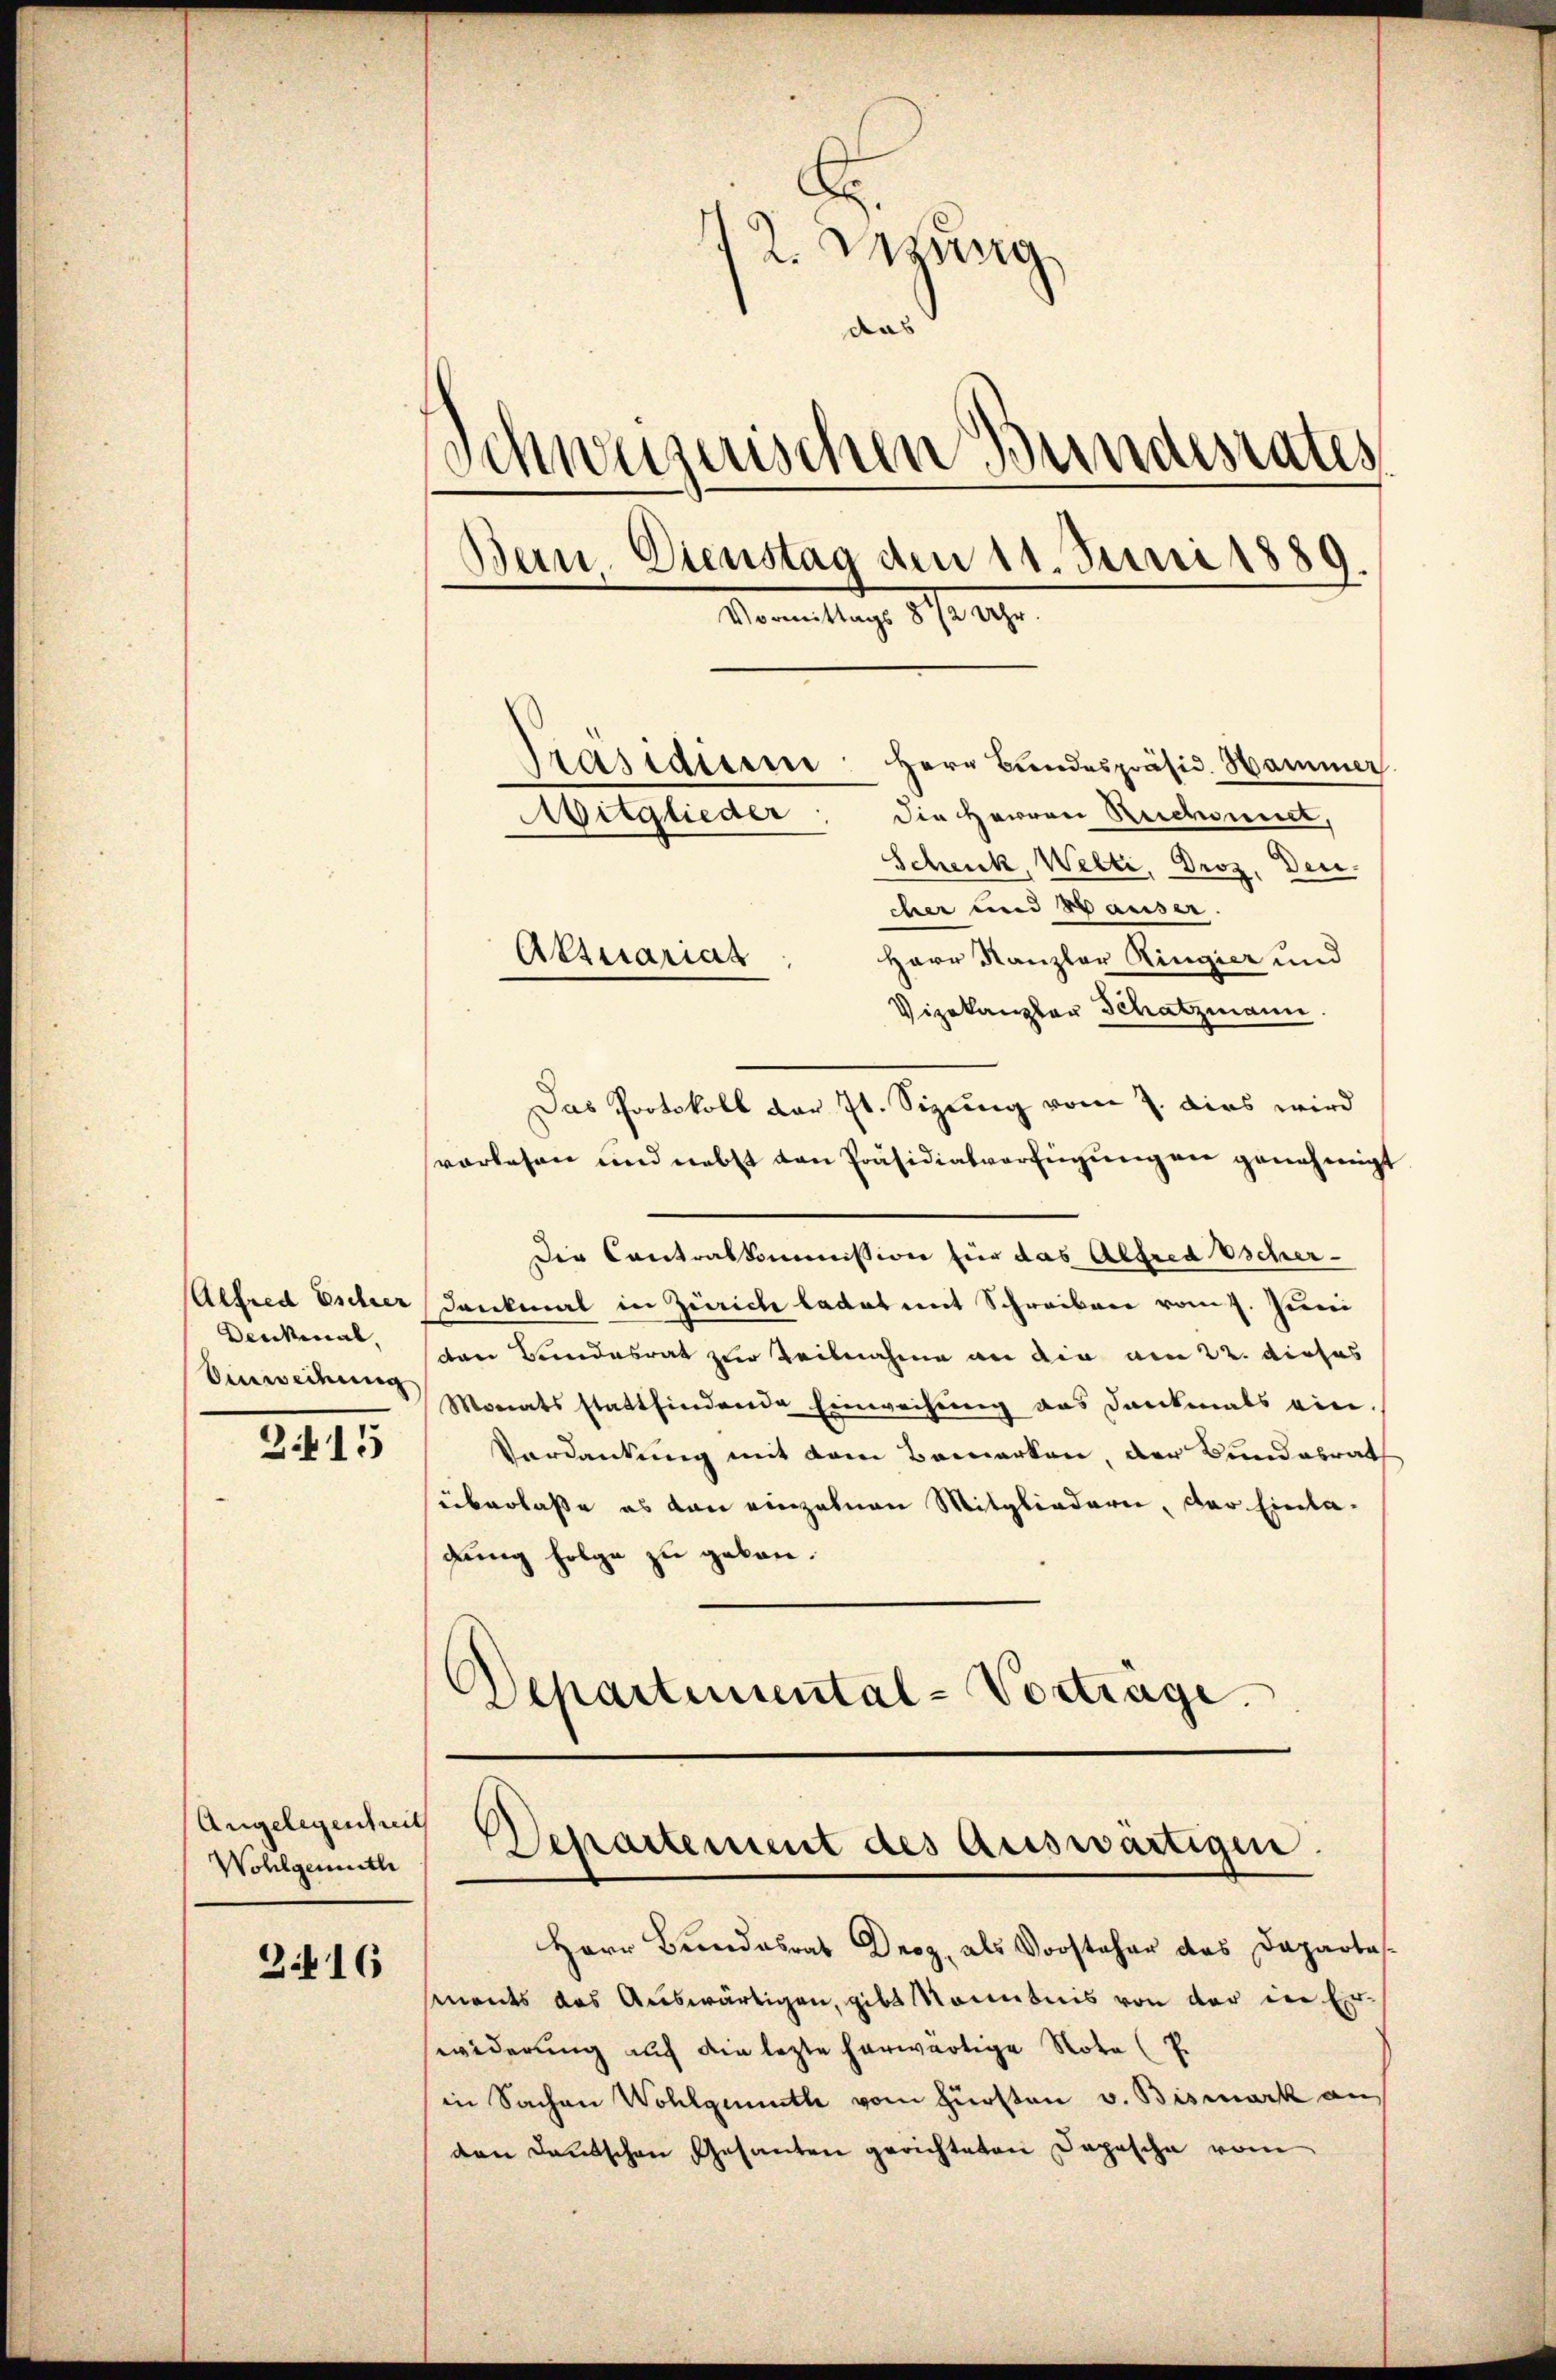
Alfred Escher
Anweihung

215

Angelegenheit
Wohlgemuth

316

12. Verung
das
Schweizerischen Bundesrates
Bein. Dienstag den 11. Juni 1889.
Vormittags 8 1/2 Uhr.
Präsidium Herr Bundespräsid. Hammer
Die Herren Reichnet,
Aitglieder
Schenk, Welti, Droz. Den
cher und Hauser.

Herr Kanzler Ringier und
Vizekanzler Schatzmann.
Das Protokoll der 7t. Sizung vom 7. dies wird
vorlesen und nebst von Präsidialverfügung an genehmigt
Die Contralkommission für das Alfred Escher-
Dankmal in Zürich ladet mit Schreiben vom 7. Juni
Denkenat, schon Bundesrat zur Teilnahme an die am 22. dieses
Monatsstattfindende Einweisung das Dankmals ein.
Verdankung mit dem Bemerken, der Bundesrath
überlaße es von einzelnen Mitgliedern, der Einlagung folge zu geben.
¬
Departemental-Vorträge.
Departement des auswärtigen.

Aktuariat

Herr Bundesrat Droz, als Vorsteher des Departe
sments das Auswärtigen, gibt Monntnis von der der Erwiderung auf die lezte herwärtige Note (T.
in Sachen Wohlgemuth vom Fürsten v. Bismark aus
den Deutschen Gesanten gerichteten Depesche vom